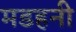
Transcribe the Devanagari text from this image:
मडहनी